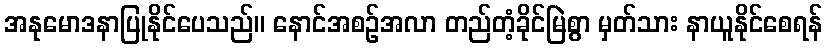
အနုမောဒနာပြုနိုင်ပေသည်။ နောင်အစဉ်အလာ တည်တံ့ခိုင်မြဲစွာ မှတ်သား နာယူနိုင်စေရန်